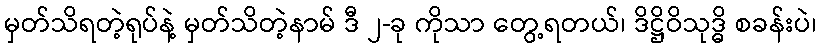
မှတ်သိရတဲ့ရုပ်နဲ့ မှတ်သိတဲ့နာမ် ဒီ ၂-ခု ကိုသာ တွေ့ရတယ်၊ ဒိဋ္ဌိဝိသုဒ္ဓိ စခန်းပဲ၊